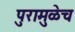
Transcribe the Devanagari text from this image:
पुरामुळेच